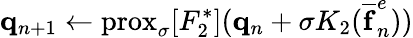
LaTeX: \mathbf{q}_{n+1}\leftarrow\textrm{prox}_{\sigma}[F_{2}^{*}](\mathbf{q}_{n}+\sigma K_{2}(\mathbf{\overline{{f}}}_{n}^{e}))